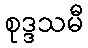
စုဒ္ဒသမီ